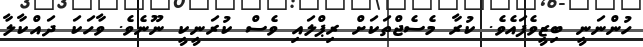
ހުންނަނީ ބިޒީވެފައެވެ. ކުރާ މެސެޖްތަކަށް ރިޕްލައި ވެސް ކުރަނީކީ ނޫނެވެ. ވާހަކަ ދައްކާލާ